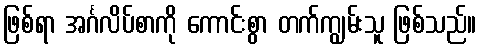
ဖြစ်ရာ အင်္ဂလိပ်စာကို ကောင်းစွာ တက်ကျွမ်းသူ ဖြစ်သည်။